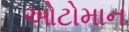
ઓટોમાન